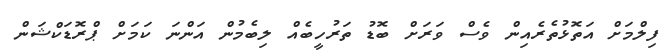
ފިލްމަށް އަތޮޅުތެރެއިން ވެސް ވަރަށް ބޮޑު ތަރުހީބެއް ލިބެމުން އަންނަ ކަމަށް ޕްރޮޑަކްޝަން